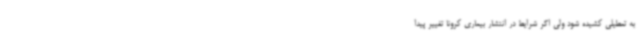
به تعطیلی کشیده شود ولی اگر شرایط در انتشار بیماری کرونا تغییر پیدا